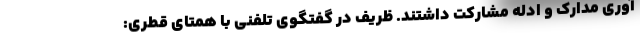
آوری مدارک و ادله مشارکت داشتند. ظریف در گفتگوی تلفنی با همتای قطری: